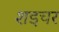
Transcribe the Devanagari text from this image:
शइचर